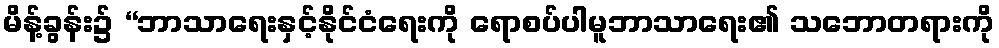
မိန့်ခွန်း၌ “ဘာသာရေးနှင့်နိုင်ငံရေးကို ရောစပ်ပါမူဘာသာရေး၏ သဘောတရားကို